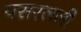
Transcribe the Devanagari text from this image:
पसरलली